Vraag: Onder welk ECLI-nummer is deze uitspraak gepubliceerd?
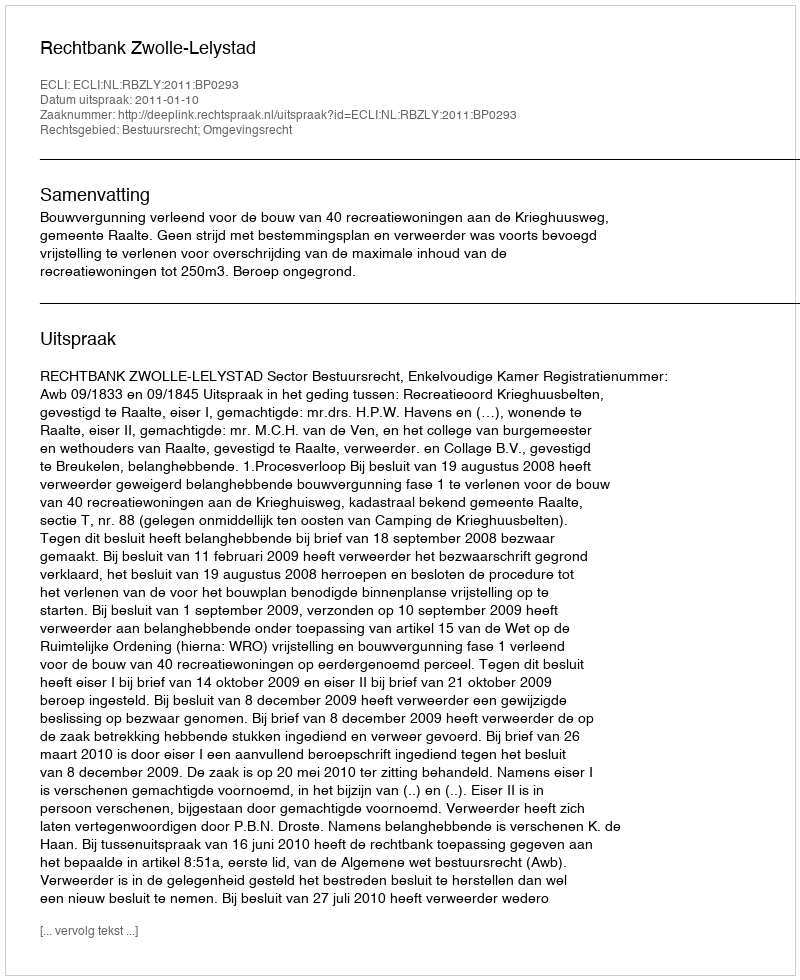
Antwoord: ECLI:NL:RBZLY:2011:BP0293